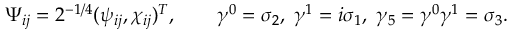
\Psi _ { i j } = 2 ^ { - 1 / 4 } ( \psi _ { i j } , \chi _ { i j } ) ^ { T } , \qquad \gamma ^ { 0 } = \sigma _ { 2 } , \; \gamma ^ { 1 } = i \sigma _ { 1 } , \; \gamma _ { 5 } = \gamma ^ { 0 } \gamma ^ { 1 } = \sigma _ { 3 } .